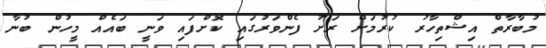
މުބާރާތް އިޝްތިހާރު ކުރުމަށް ރަށު ފެންވަރުގައި ކޮށްފައި ވަނީ ބައެއް މީހުން ބުނާ